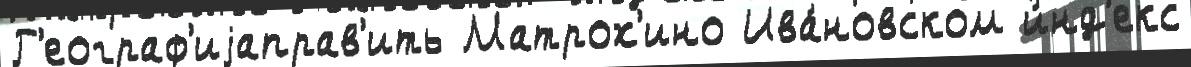
Г'еограф'иjаправ'ить Матрох'ино Ива́новском и́нд'екс